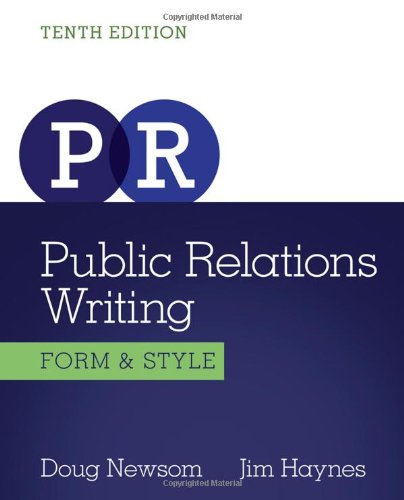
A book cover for Public Relations Writing: Form & Style (Wadsworth Series in Mass Communication and Journalism); Doug Newsom; Business & Money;